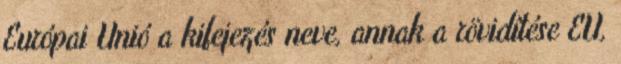
Európai Unió a kifejezés neve, annak a rövidítése EU,